Indian journal of veterinary science and animal husbandry - Volume 11,
Year: 1941
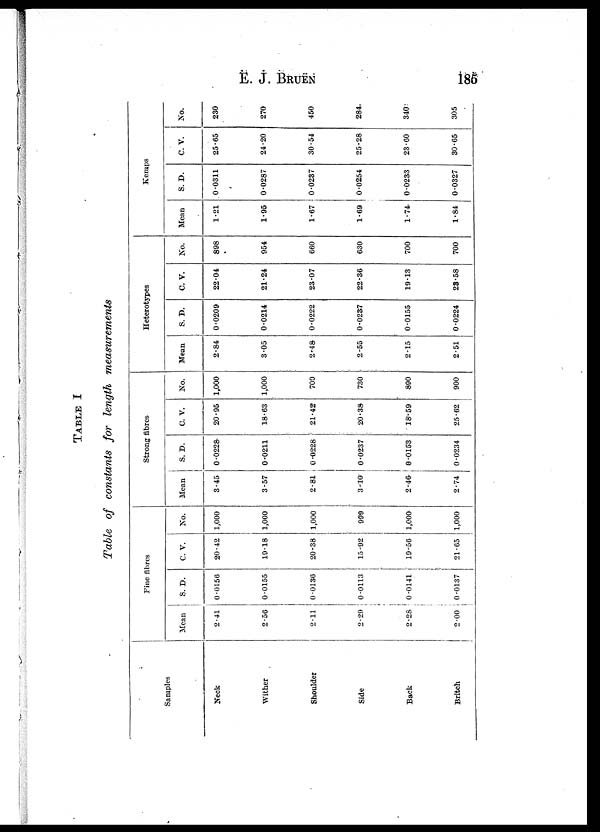
E.
J.
BRUEN
185
TABLE I
Table of constants for length measurements
Samples
Neck
Wither
Shoulder
Side
Back
Britch
Fine fibres
Mean
2.41
2.56
2.11
2.29
2.28
2.00
S. D.
0.0156
0.0155
0.0136
0.0113
0.0141
0.0137
C. V.
20.42
19.18
20.38
15.92
19.56
21.65
No.
1,000
1,000
1,000
999
1,000
1,000
Strong fibres
Mean
3.45
3.57
2.81
3.10
2.46
2.74
S. D.
0.0228
0.0211
0.0228
0.0237
0.0153
0.0234
C. V.
20.95
18.63
21.42
20.38
18.59
25.62
No.
1,000
1,000
700
730
890
900
Heterotypes
Mean
2.84
3.05
2.48
2.55
2.15
2.51
S. D.
0.0209
0.0214
0.0222
0.0237
0.0155
0.0224
C. V.
22.04
21.24
23.07
22.36
19.13
23.58
No.
898
954
660
630
700
700
Kemps
Mean
1.21
1.95
1.67
1.69
1.74
1.84
S. D.
0.0311
0.0287
0.0237
0.0254
0.0233
0.0327
C. V.
25.65
24.20
30.54
25.28
23.60
30.65
No.
230
270
450
284
340
305